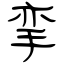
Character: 挛